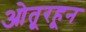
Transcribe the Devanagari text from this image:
ओतूरहून